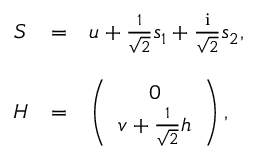
\begin{array} { c c l } { { S } } & { { = } } & { { u + \frac { 1 } { \sqrt { 2 } } s _ { 1 } + \frac { \mathrm { i } } { \sqrt { 2 } } s _ { 2 } , } } \\ { { } } & { { } } & { { } } \\ { { H } } & { { = } } & { { \left( \begin{array} { c } { { 0 } } \\ { { v + \frac { 1 } { \sqrt { 2 } } h } } \end{array} \right) , } } \end{array}